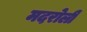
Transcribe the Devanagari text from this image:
मदरोली